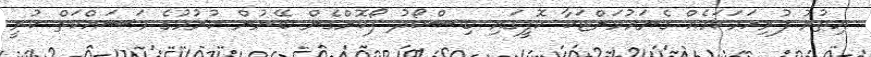
އިތުރު ފުރިހަމަކަމެއް ގެނައުމަށްޓަކާ ކޮފީގައި ބިސްކޯދު ފޯކޮށްގެން ބޭނުން ކުރުމުގެ މަސައްކަތް ކުރީ